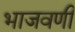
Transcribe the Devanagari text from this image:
भाजवणी